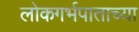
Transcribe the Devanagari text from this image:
लोकगर्भपाताच्या